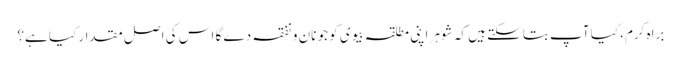
براہ کرم، کیا آپ بتاسکتے ہیں کہ شوہر اپنی مطلقہ بیوی کو جو نان و نفقہ دے گا اس کی اصل مقدار کیا ہے؟